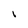
Character: l